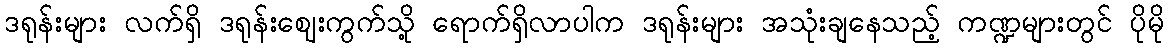
ဒရုန်းများ လက်ရှိ ဒရုန်းဈေးကွက်သို့ ရောက်ရှိလာပါက ဒရုန်းများ အသုံးချနေသည့် ကဏ္ဍများတွင် ပိုမို